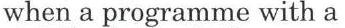
when a programme with a